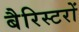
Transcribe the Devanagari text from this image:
बैरिस्टरों